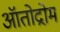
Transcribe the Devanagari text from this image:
ऑतोद्रोम